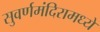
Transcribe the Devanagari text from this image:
सुवर्णमंदिरामध्ये